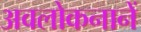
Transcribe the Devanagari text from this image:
अवलोकनानें